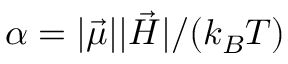
\alpha = | \vec { \mu } | | \vec { H } | / ( k _ { B } T )